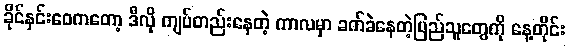
ခိုင်နှင်းဝေကတော့ ဒီလို ကျပ်တည်းနေတဲ့ ကာလမှာ ခက်ခဲနေတဲ့ပြည်သူတွေကို နေ့တိုင်း